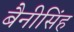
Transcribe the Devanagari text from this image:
बैनीसिंह